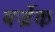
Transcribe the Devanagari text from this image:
बर्ज्रेक